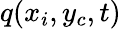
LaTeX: q(x_{i},y_{c},t)